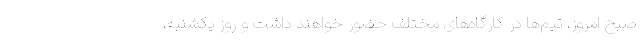
صبح امروز، تیم‌ها در کارگاه‌های مختلف حضور خواهند داشت و روز یکشنبه،